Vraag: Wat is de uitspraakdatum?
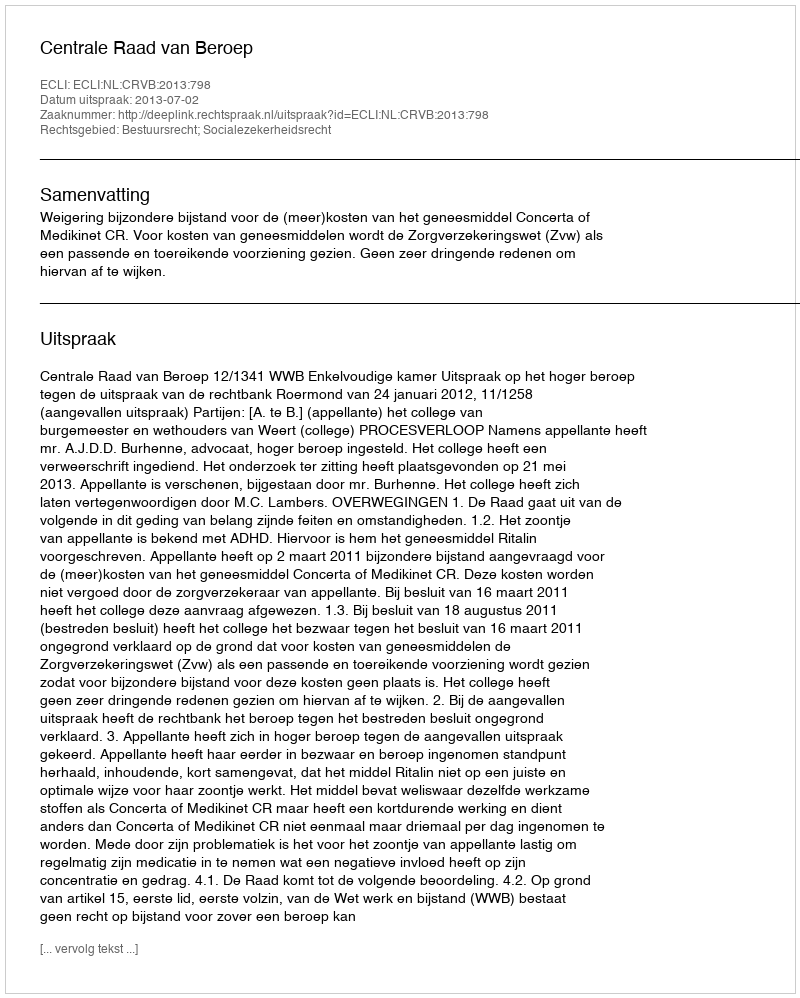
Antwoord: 2013-07-02